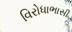
વિરોધાભાસી